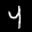
Label: 4